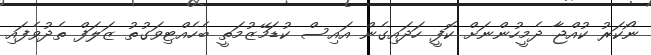
ނޯކަރު ކުއްޖާ ދެމީހުންނަށް ކޮފީ ހަދައިގެން އައިސް ކުޑަމޭޒުމަތީ ބެހެއްޓިވަގުތު ޒަލަފް ތެދުވެފައި